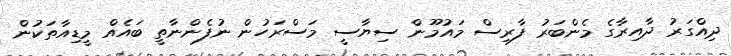
ދިއްގަރު ދާއިރާގެ މެންބަރު ފާރިސް މައުމޫން ސިޔާސީ މަސްރަހުން ނުފެންނާތީ ބައެއް މީޑިއާތަކުން